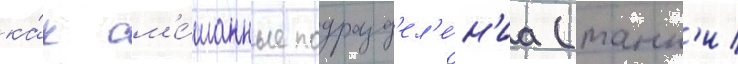
ка́к см'е́шанные подразд'ел'е́н'иа (танк'и/